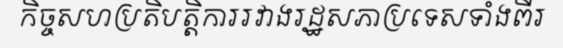
កិច្ចសហប្រតិបត្តិការរវាងរដ្ឋសភាប្រទេសទាំងពីរ